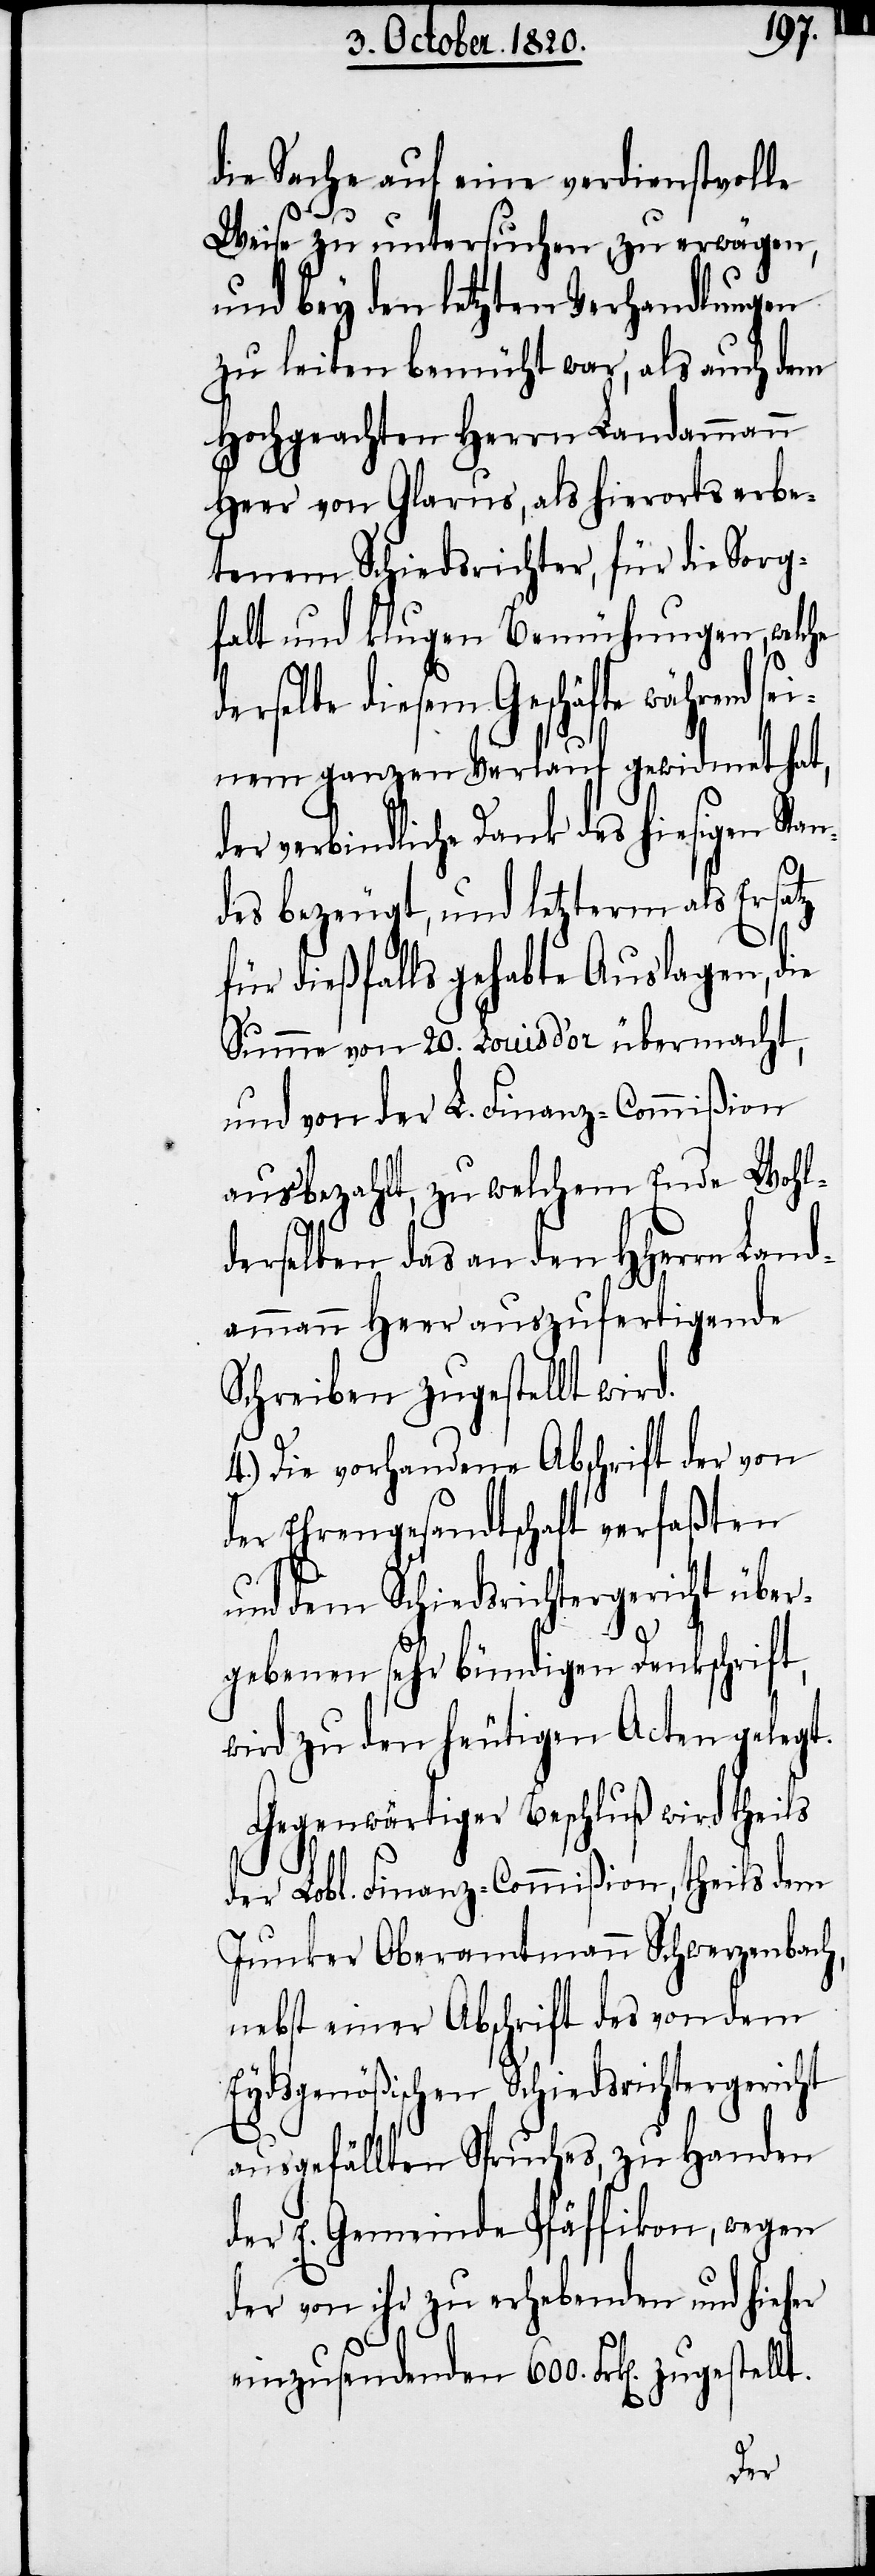
die Sache auf eine verdienstvolle
Weise zu untersuchen, zu erwägen,
und bey den letzten Verhandlungen
zu leiten bemüht war, als auch dem
Hochgeachten Herrn Landammann
Heer von Glarus, als hierorts erbe¬
tenen Schiedsrichter, für die Sorg¬
falt und klugen Bemühungen, welche
d¬
derselbe diesem Geschäfte während se¬
inem ganzen Verlauf gewidmet hat,
er verbindliche Dank des hiesigen Sta¬
n¬
des bezeugt, und letzterm als Ersatz
für dießfalls gehabte Auslagen, die
Summe von 20. Louis d’or übermacht,
und von der L. Finanz-Commißion
ausbezahlt, zu welchem Ende Wohl¬
derselben das an den HHerrn Land¬
ammann Heer auszufertigende
Schreiben zugestellt wird.
4.) Die vorhandene Abschrift der von
der Ehrengesandtschaft verfaßten
und dem Schiedsrichtergericht über¬
gebenen sehr bündigen Dankschrift,
wird zu den heutigen Acten gelegt.
Gegenwärtiger Beschluß wird theils
der Lobl. Finanz-Commißion, theils dem
Junker Oberamtmann Schwerzenbach,
nebst einer Abschrift des von dem
Eydsgenößischen Schiedsrichtergericht
ausgefälltem Spruches, zu Handen
der E. Gemeinde Pfäffikon, wegen
der von ihr zu erhebenden und hieher
einzusendenden 600. Frk[en]. zugestellt.